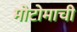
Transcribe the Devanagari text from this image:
मोटोमाची